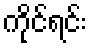
ကိုင်ရင်း